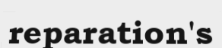
reparation's